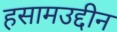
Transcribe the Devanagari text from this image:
हसामउद्दीन